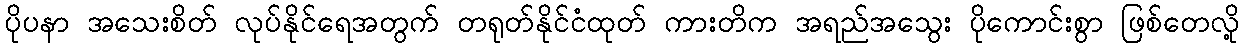
ပိုပနာ အသေးစိတ် လုပ်နိုင်ရေအတွက် တရုတ်နိုင်ငံထုတ် ကားတိက အရည်အသွေး ပိုကောင်းစွာ ဖြစ်တေလို့